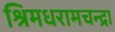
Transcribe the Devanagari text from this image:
श्रिमधरामचन्द्रा